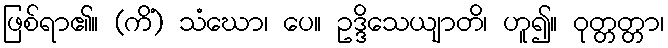
ဖြစ်ရာ၏။ (ကိံ) သံဃော၊ ပေ။ ဥဒ္ဒိသေယျာတိ၊ ဟူ၍။ ဝုတ္တတ္တာ၊